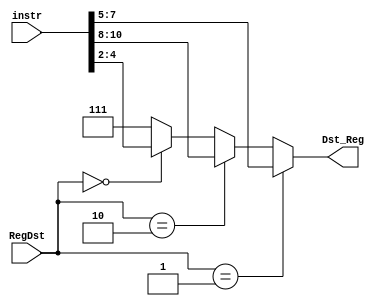
module dst_reg_parser (instr, RegDst, Dst_Reg);

  input [15:0] instr;
  input [1:0] RegDst;
  output [2:0] Dst_Reg;

  assign Dst_Reg =  (RegDst == 2'b01) ? instr[7:5] : 
                    (RegDst == 2'b10) ? instr[10:8] : 
                    (RegDst == 2'b00) ? instr[4:2] : 3'b111; 

endmodule